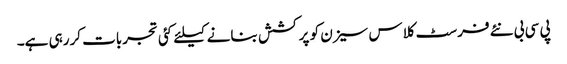
پی سی بی نئے فرسٹ کلاس سیزن کو پرکشش بنانے کیلئے کئی تجربات کررہی ہے۔